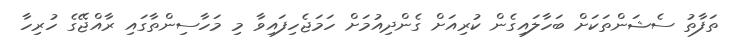
ތަފާތު ސެޝަންތަކަށް ބަހާލައިގެން ކުރިއަށް ގެންދިއުމަށް ހަމަޖެހިފައިވާ މި މަހާސިންތާގައި ރާއްޖޭގެ ހުރިހާ